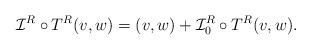
LaTeX: \begin{align*}\mathcal I^R\circ T^R (v,w) = (v,w) + \mathcal{I}_0^R\circ T^R(v,w).\end{align*}